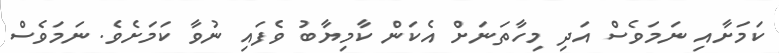
ކަމަށާއި ނަމަވެސް އަދި މިހާތަނަށް އެކަން ކާމިޔާބު ވެފައި ނުވާ ކަމަށެވެ. ނަމަވެސް